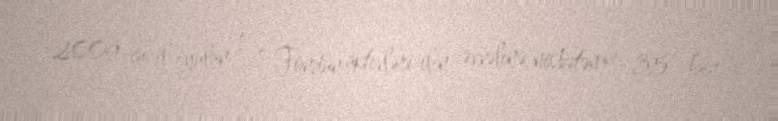
2009-cu il iyulun 1-ə Fondun aktivləri ilin əvvəlinə nisbətən 6, 35 faiz